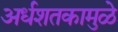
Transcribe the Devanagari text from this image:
अर्धशतकामुळे